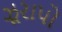
ઝૂરાપો